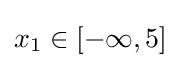
x_{1}\in [-\infty ,5]